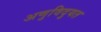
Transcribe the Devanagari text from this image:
अणुविदुयत